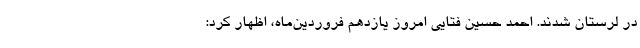
در لرستان شدند. احمد حسین فتایی امروز یازدهم فروردین‌ماه، اظهار کرد: